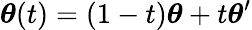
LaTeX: \boldsymbol\theta(t)=(1-t)\boldsymbol\theta+t\boldsymbol\theta^{\prime}